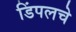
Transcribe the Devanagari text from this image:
डिंपलचे